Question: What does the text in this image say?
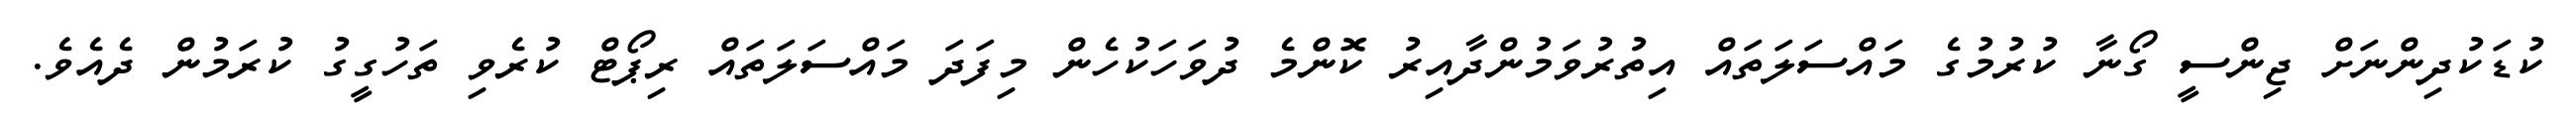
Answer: ކުޑަކުދިންނަށް ޖިންސީ ގޯނާ ކުރުމުގެ މައްސަލަތައް އިތުރުވަމުންދާއިރު ކޮންމެ ދުވަހަކުހެން މިފަދަ މައްސަލަތައް ރިޕޯޓް ކުރެވި ތަހުގީގު ކުރަމުން ދެއެވެ.